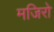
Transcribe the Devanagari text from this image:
मजिरो